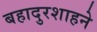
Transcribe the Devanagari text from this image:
बहादुरशाहने